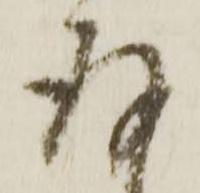
存